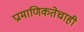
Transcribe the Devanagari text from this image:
प्रामाणिकतेचाही